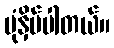
ပုံနှိပ်ပါတယ်။